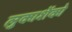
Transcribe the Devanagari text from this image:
लुकाशेंको